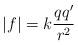
LaTeX: \begin{align*}|f|=k\frac{qq^{\prime }}{r^2} \end{align*}